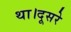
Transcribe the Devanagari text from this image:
था।दूसरे